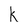
Character: K